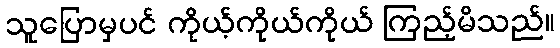
သူပြောမှပင် ကိုယ့်ကိုယ်ကိုယ် ကြည့်မိသည်။